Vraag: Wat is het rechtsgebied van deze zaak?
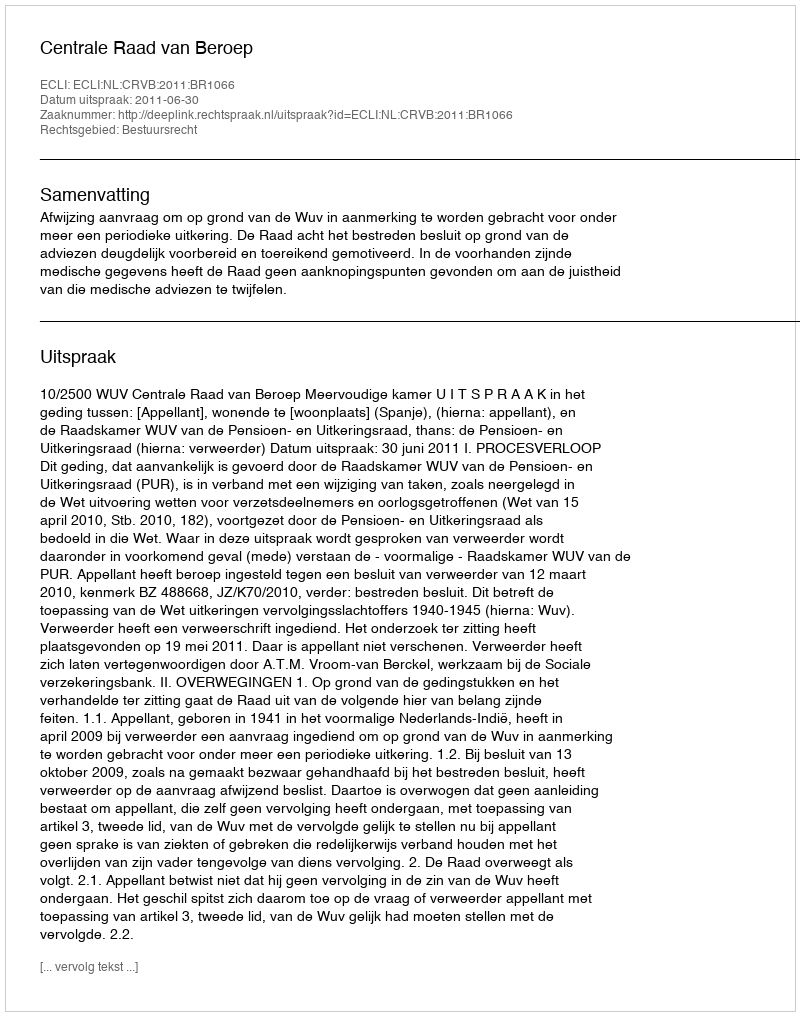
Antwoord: Bestuursrecht